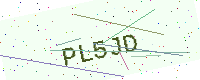
Text: PL5JD